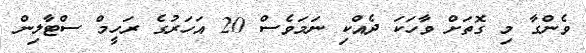
ވެންގާ މި ގޮތަށް ވާހަކަ ދެއްކި ނަމަވެސް 20 އަހަރުގެ ރަހީމް ސްޓާލިން